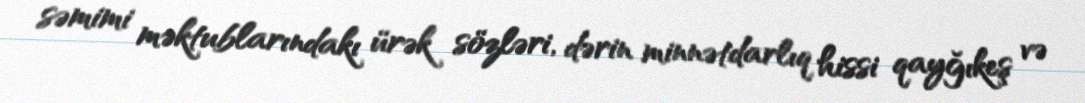
səmimi məktublarındakı ürək sözləri, dərin minnətdarlıq hissi qayğıkeş və